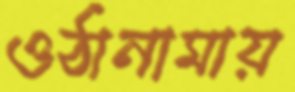
ওঠানামায়